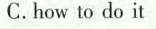
C.how to do it